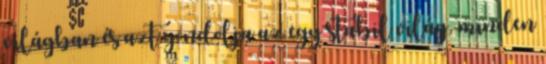
világban és azt gondolja az egy stabil világ, minden